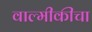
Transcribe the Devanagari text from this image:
वाल्मीकीचा